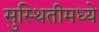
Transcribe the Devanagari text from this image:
सुस्थितीमध्ये